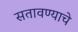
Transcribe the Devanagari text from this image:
सतावण्याचे